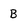
Character: B